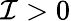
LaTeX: \mathcal{I}>0